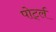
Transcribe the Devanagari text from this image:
पोर्ट्ल